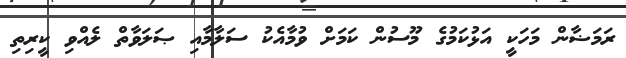
ރަމަޟާން މަހަކީ އަޅުކަމުގެ މޫސުން ކަމަށް ވުމާއެކު ސަލާމާއި ޞަލަވާތް ލެއްވި ކީރިތި